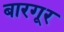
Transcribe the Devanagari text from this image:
बारगूर